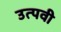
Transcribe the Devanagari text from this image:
उत्पवी